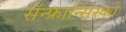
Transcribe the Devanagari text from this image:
सॅन्‍फ्रान्सिस्को